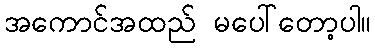
အကောင်အထည် မပေါ်တော့ပါ။